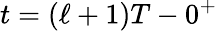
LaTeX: t=(\ell+1)T-0^{+}